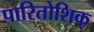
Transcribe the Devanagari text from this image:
पारितोशिक्